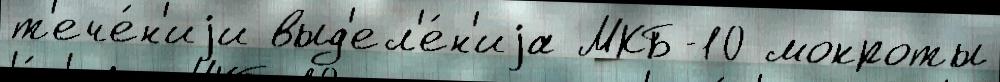
т'ече́н'иjи выд'ел'е́н'иjа МКБ-10 мокроты